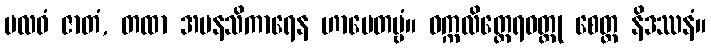
ဗလဝံ ဇာတံ, တထာ အမနသိကာရေန ဟာပေတဗ္ဗံ။ ဝက္ကလိတ္ထေရဝတ္ထု စေတ္ထ နိဒဿနံ။